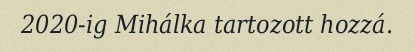
2020-ig Mihálka tartozott hozzá.